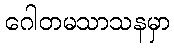
ဂေါတမသာသနမှာ